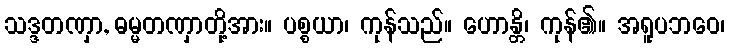
သဒ္ဒတဏှာ, ဓမ္မတဏှာတို့အား။ ပစ္စယာ၊ ကုန်သည်။ ဟောန္တိ၊ ကုန်၏။ အရူပဘဝေ၊